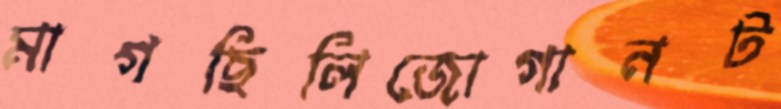
মাগছিলিজোগানট